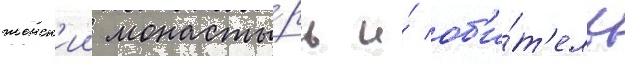
женск'ии монасты́рь и́ об'и́т'ель